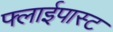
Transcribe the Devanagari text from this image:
फ्लाईपास्ट